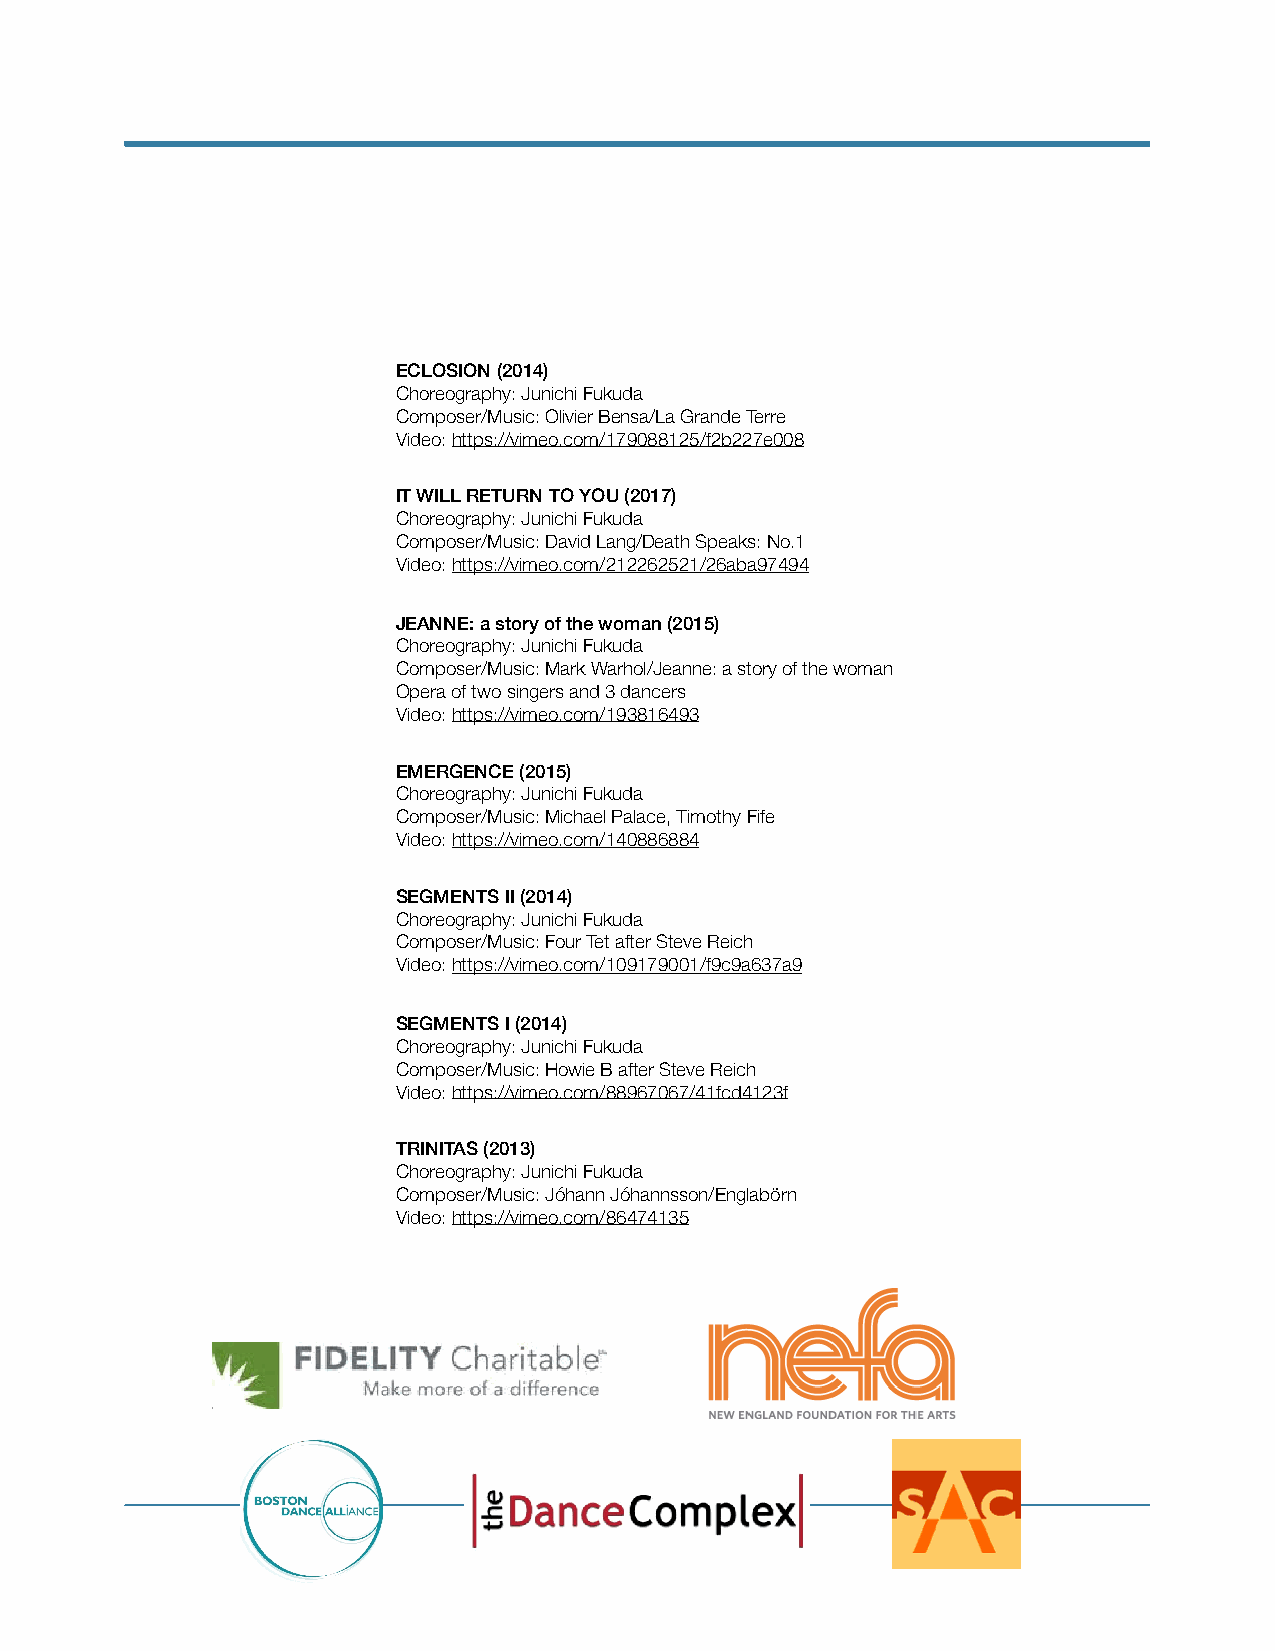
ECLOSION (2014)
 Choreography: Junichi Fukuda
 Composer/Music: Olivier Bensa/La Grande Terre
 Video: https://vimeo.com/179088125/f2b227e008
 IT WILL RETURN TO YOU (2017)
 Choreography: Junichi Fukuda
 Composer/Music: David Lang/Death Speaks: No.1
 Video: https://vimeo.com/212262521/26aba97494
 JEANNE: a story of the woman (2015)
 Choreography: Junichi Fukuda
 Composer/Music: Mark Warhol/Jeanne: a story of the woman
 Opera of two singers and 3 dancers
 Video: https://vimeo.com/193816493
 EMERGENCE (2015)
 Choreography: Junichi Fukuda
 Composer/Music: Michael Palace, Timothy Fife
 Video: https://vimeo.com/140886884
 SEGMENTS II (2014)
 Choreography: Junichi Fukuda
 Composer/Music: Four Tet after Steve Reich
 Video: https://vimeo.com/109179001/f9c9a637a9
 SEGMENTS I (2014)
 Choreography: Junichi Fukuda
 Composer/Music: Howie B after Steve Reich
 Video: https://vimeo.com/88967067/41fcd4123f
 TRINITAS (2013)
 Choreography: Junichi Fukuda
 Composer/Music: Jóhann Jóhannsson/Englabörn
 Video: https://vimeo.com/86474135